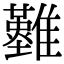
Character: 𩁘